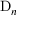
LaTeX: \mathrm { D } _ { n }